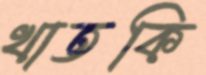
খাতকি